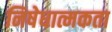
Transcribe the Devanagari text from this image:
निषेधात्मकता